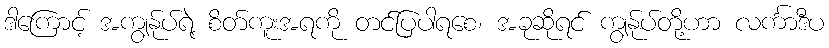
ဒါကြောင့် အကျွန်ုပ်ရဲ့ စိတ်ကူးအရကို တင်ပြပါရစေ၊ အခုဆိုရင် ကျွန်ုပ်တို့ဟာ လင်္ကာဒီပ